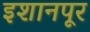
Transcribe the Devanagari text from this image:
इशानपूर